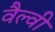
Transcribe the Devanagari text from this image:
वैल्वी